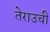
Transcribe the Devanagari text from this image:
तेराउची